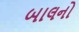
બાલનો